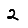
Digit: 2